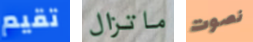
تقيم ماتزال نصوت